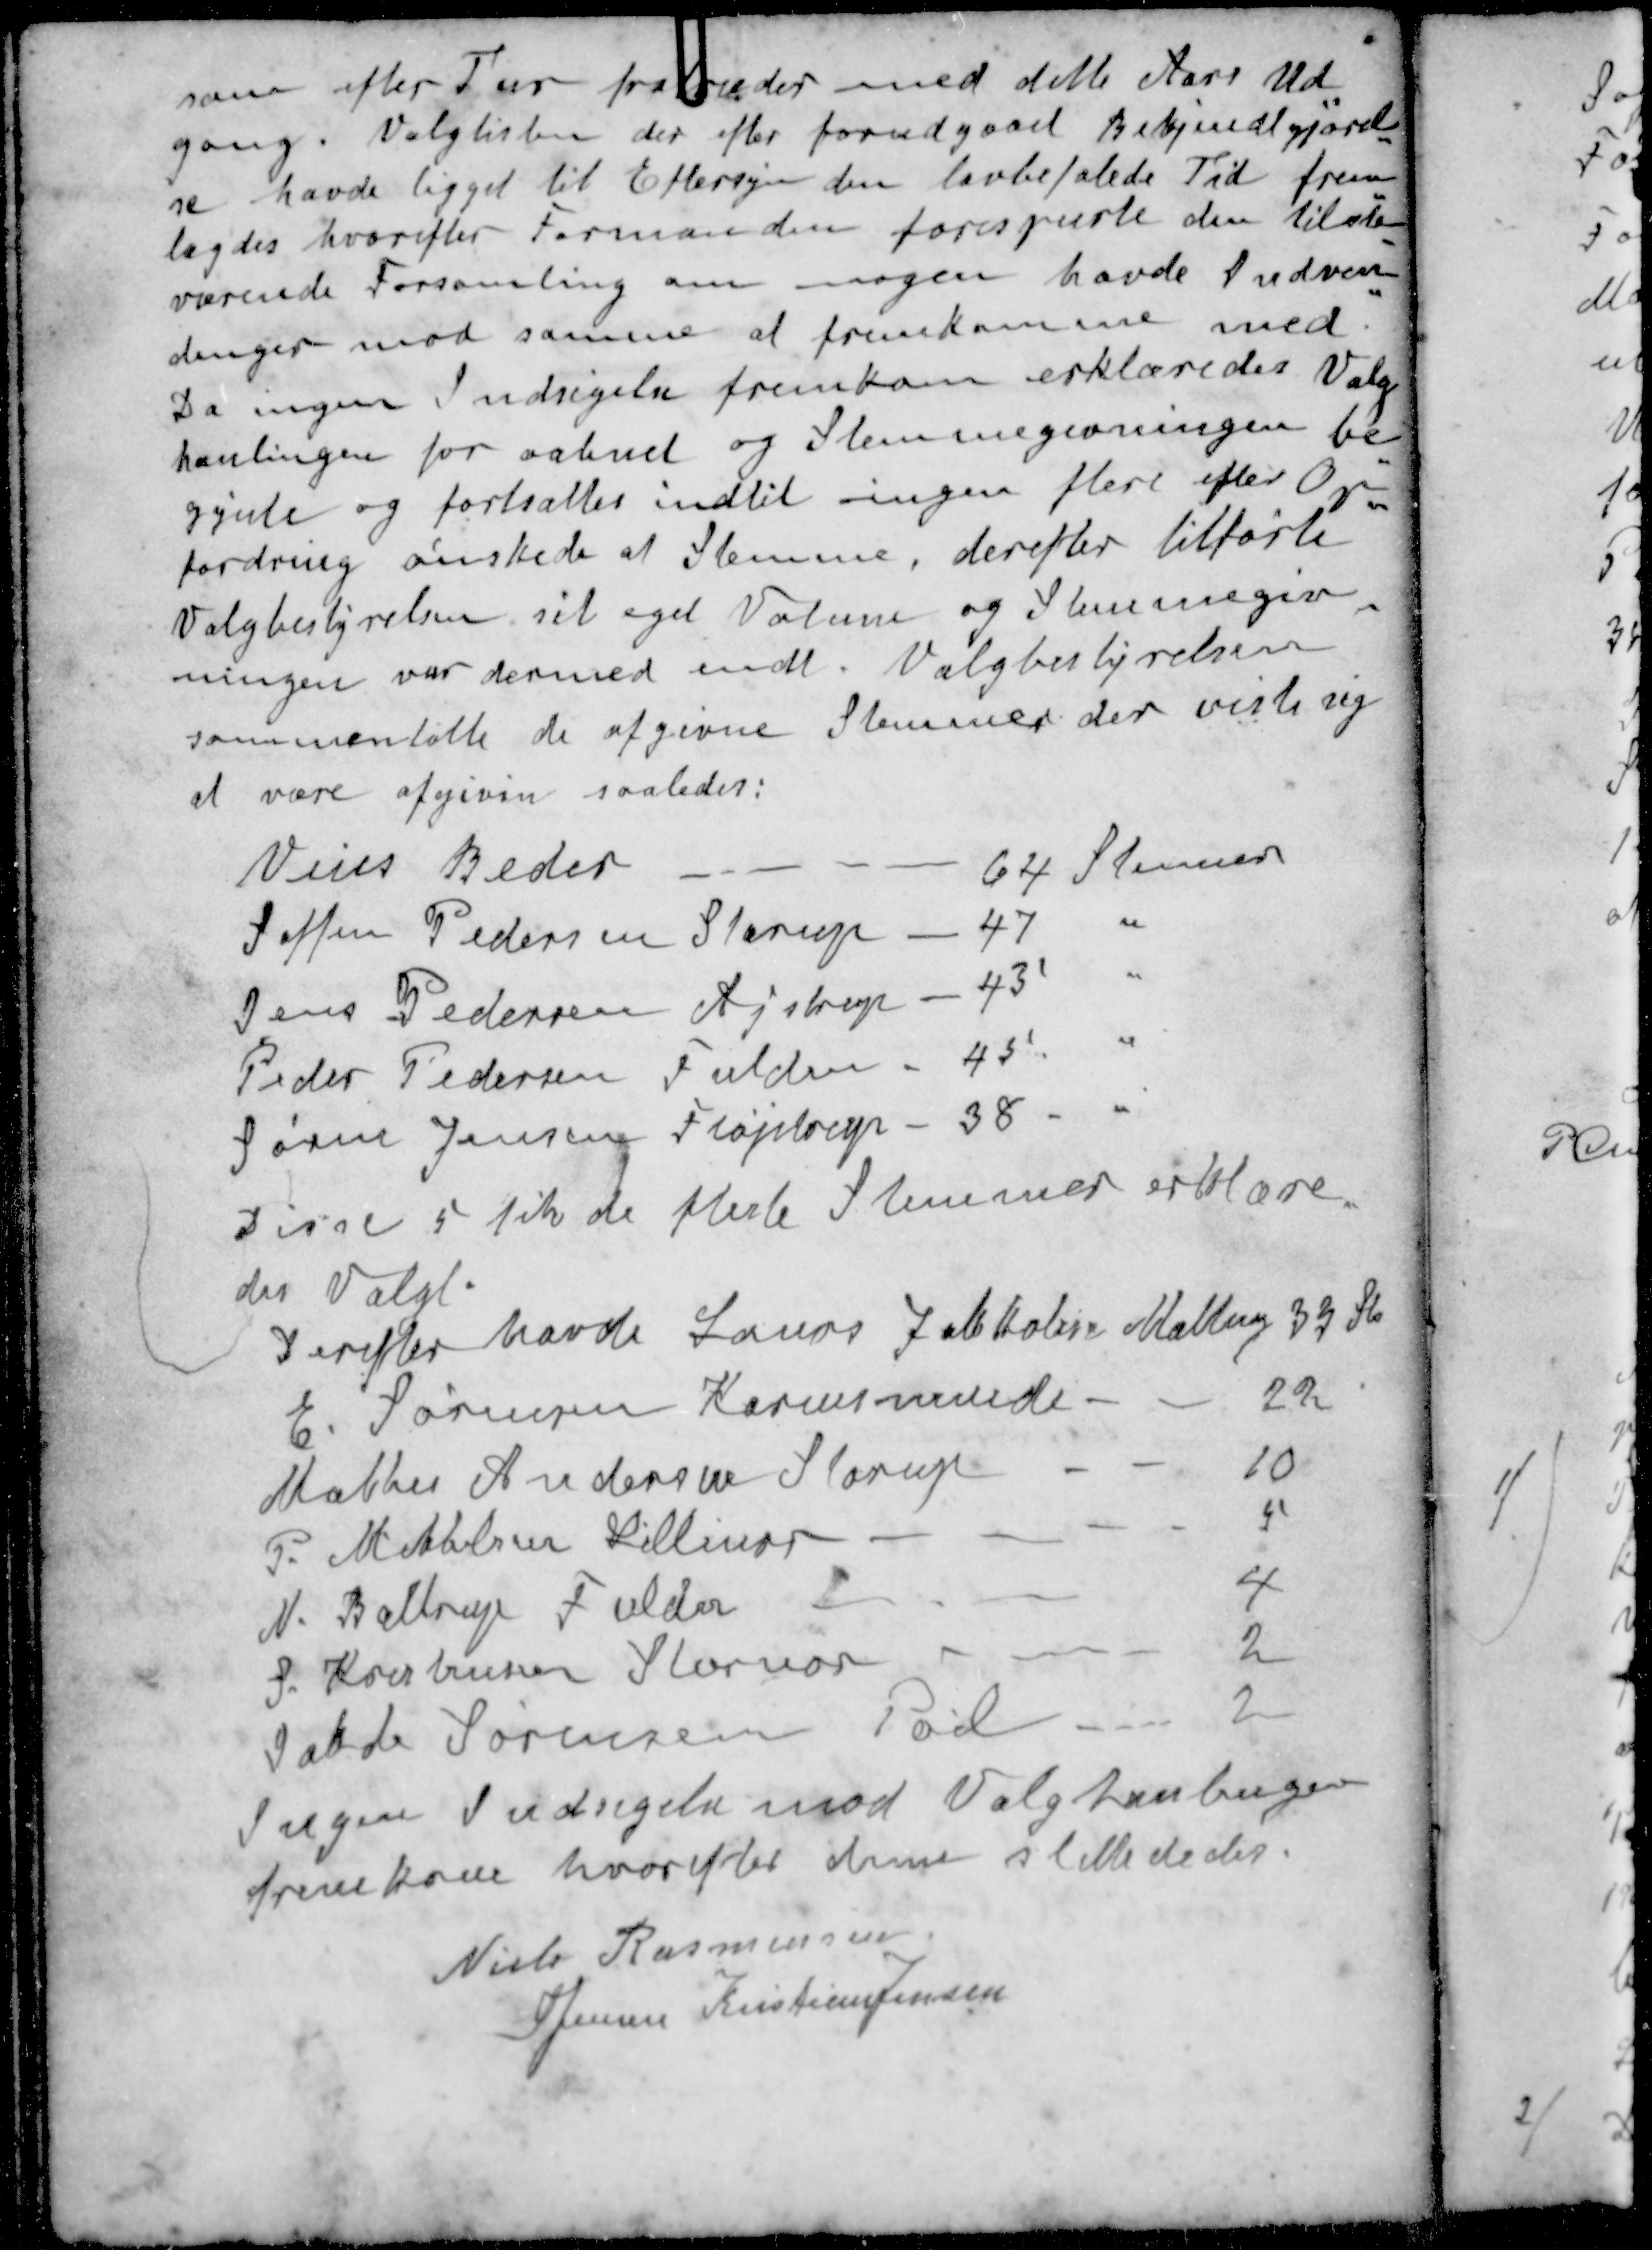
Transskription:
som efter Tur fratræder med dette Aars Ud-
gang. Valglisten der efter forudgaaet Bekjendtgjørel-
se havde ligget til Eftersyn den lovbefalede Tid frem-
lagdes hvorefter Formanden forespurte den tilste
værende Forsamling om nogen havde indven-
dinger mod samme at fremkomme med
Da ingen Indsigelse fremkom erklæredes Valg
hanlingen for aabnet og Stemmegivningen be-
gynte og fortsattes indtil ingen flere efter Op-
fordring ønskede af Stemme, derefter tilførte
Valgbestyrelsen sit eget Votum og Stemmegiv-
ningen var dermed endt Valgbestyrelsen
sammertalte de afgivne Stemmer der viste sig
at være afgiven saaledes:
Veies Beder
64 Stemmer
Sophus Pedersen Starup
47 "
Jens Pedersen Ajstrup
43 "
Peder Pedersen Fulden
45 "
Søren Jensen Fløjstrup
38 "
Disse 5 fik de fleste Stemmer erklære-
des Valgt.
Derefter havde Laurs Jakobsen Malling 39 St
E. Sørensen Karensminde
22
Mathes Andersen Starup
10
P. Mettelsen Lillings
4
N. Baltrup Fulden
4
S. Kristensen Stornor
2
Jakob Sørensen Pøel
2
Ingen Indsigelse mod Valghandlingen
fremkom hvorefter den sluttededesedes.
Niels Rasmussen
S Jensen
Kristian Jensen